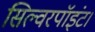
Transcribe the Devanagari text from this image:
सिल्वरपॉइंट।